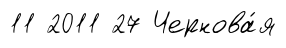
11 2011 27 Чернова́я